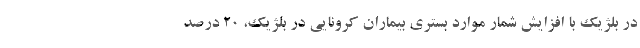
در بلژیک با افزایش شمار موارد بستری بیماران کرونایی در بلژیک، ۲۰ درصد